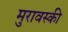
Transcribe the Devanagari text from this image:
मुरावस्की